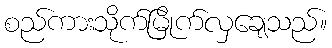
စည်ကားသိုက်မြိုက်လှချေသည်။